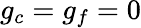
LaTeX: g_{c}=g_{f}=0